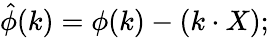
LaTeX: \hat{\phi}(k)=\phi(k)-(k\cdot X);